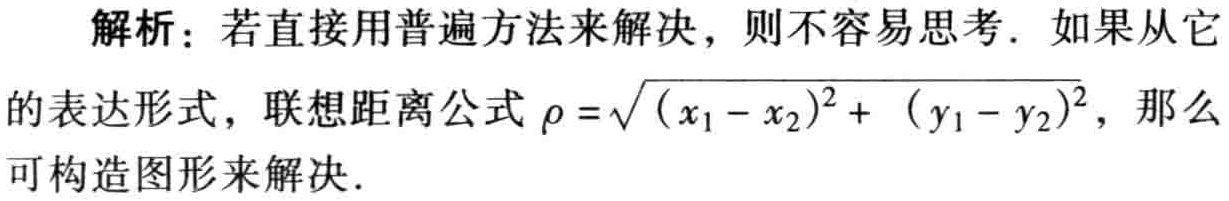
解析：若直接用普遍方法来解决，则不容易思考. 如果从它的表达形式，联想距离公式\(\rho = \sqrt{(x_1 - x_2)^2 + (y_1 - y_2)^2}\)，那么可构造图形来解决.